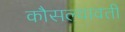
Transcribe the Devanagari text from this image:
कौसल्यावती